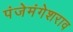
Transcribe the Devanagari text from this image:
पंजेमंगेशराव